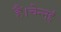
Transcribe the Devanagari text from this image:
हैं।चेन्नई